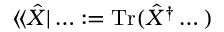
\langle \! \langle \hat { X } | \dotsc : = \operatorname { T r } ( \hat { X } ^ { \dag } \dotsc )